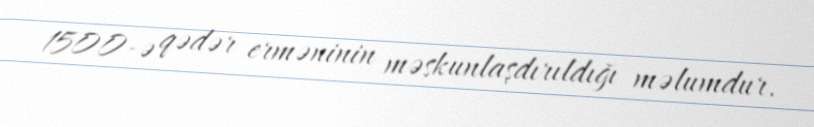
1500-ə qədər erməninin məskunlaşdırıldığı məlumdur.